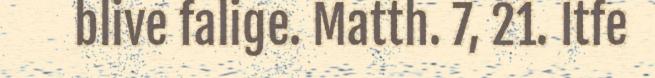
blive falige. Matth. 7, 21. Itfe